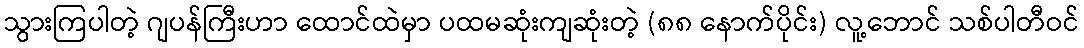
သွားကြပါတဲ့ ဂျပန်ကြီးဟာ ထောင်ထဲမှာ ပထမဆုံးကျဆုံးတဲ့ (၈၈ နောက်ပိုင်း) လူ့ဘောင် သစ်ပါတီဝင်